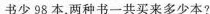
书少98本，两种书一共买来多少本?